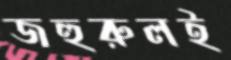
জহুরুলই